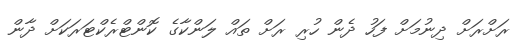
ރަށްރަށް ދިނުމަށް ފަހު ދެން ހުރި ރަށް ތައް ލަންކާގެ ކޮންޓްރެކްޓަރަކަށް ދާން